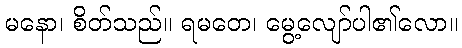
မနော၊ စိတ်သည်။ ရမတေ၊ မွေ့လျော်ပါ၏လော။